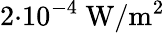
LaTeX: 2{\cdot}10^{-4}\ \mathrm{W/m^{2}}